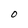
Character: O